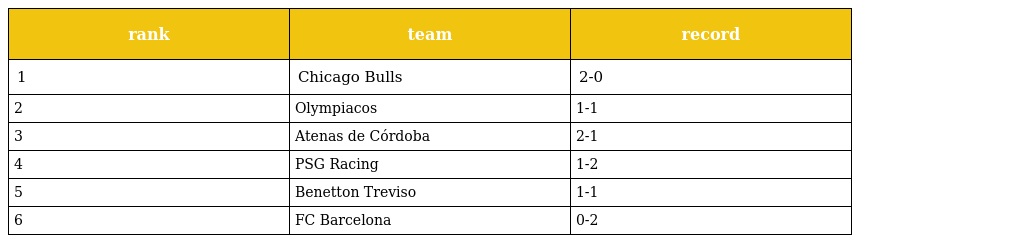
| rank | team | record |
 | --- | --- | --- |
 | 1 | Chicago Bulls | 2-0 |
 | 2 | Olympiacos | 1-1 |
 | 3 | Atenas de Córdoba | 2-1 |
 | 4 | PSG Racing | 1-2 |
 | 5 | Benetton Treviso | 1-1 |
 | 6 | FC Barcelona | 0-2 |